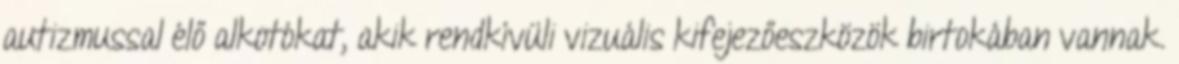
autizmussal élő alkotókat, akik rendkívüli vizuális kifejezőeszközök birtokában vannak.